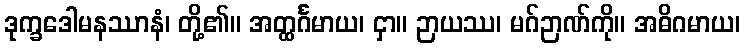
ဒုက္ခဒေါမနဿာနံ၊ တို့၏။ အတ္ထင်္ဂမာယ၊ ငှာ။ ဉာယဿ၊ မဂ်ဉာဏ်ကို။ အဓိဂမာယ၊